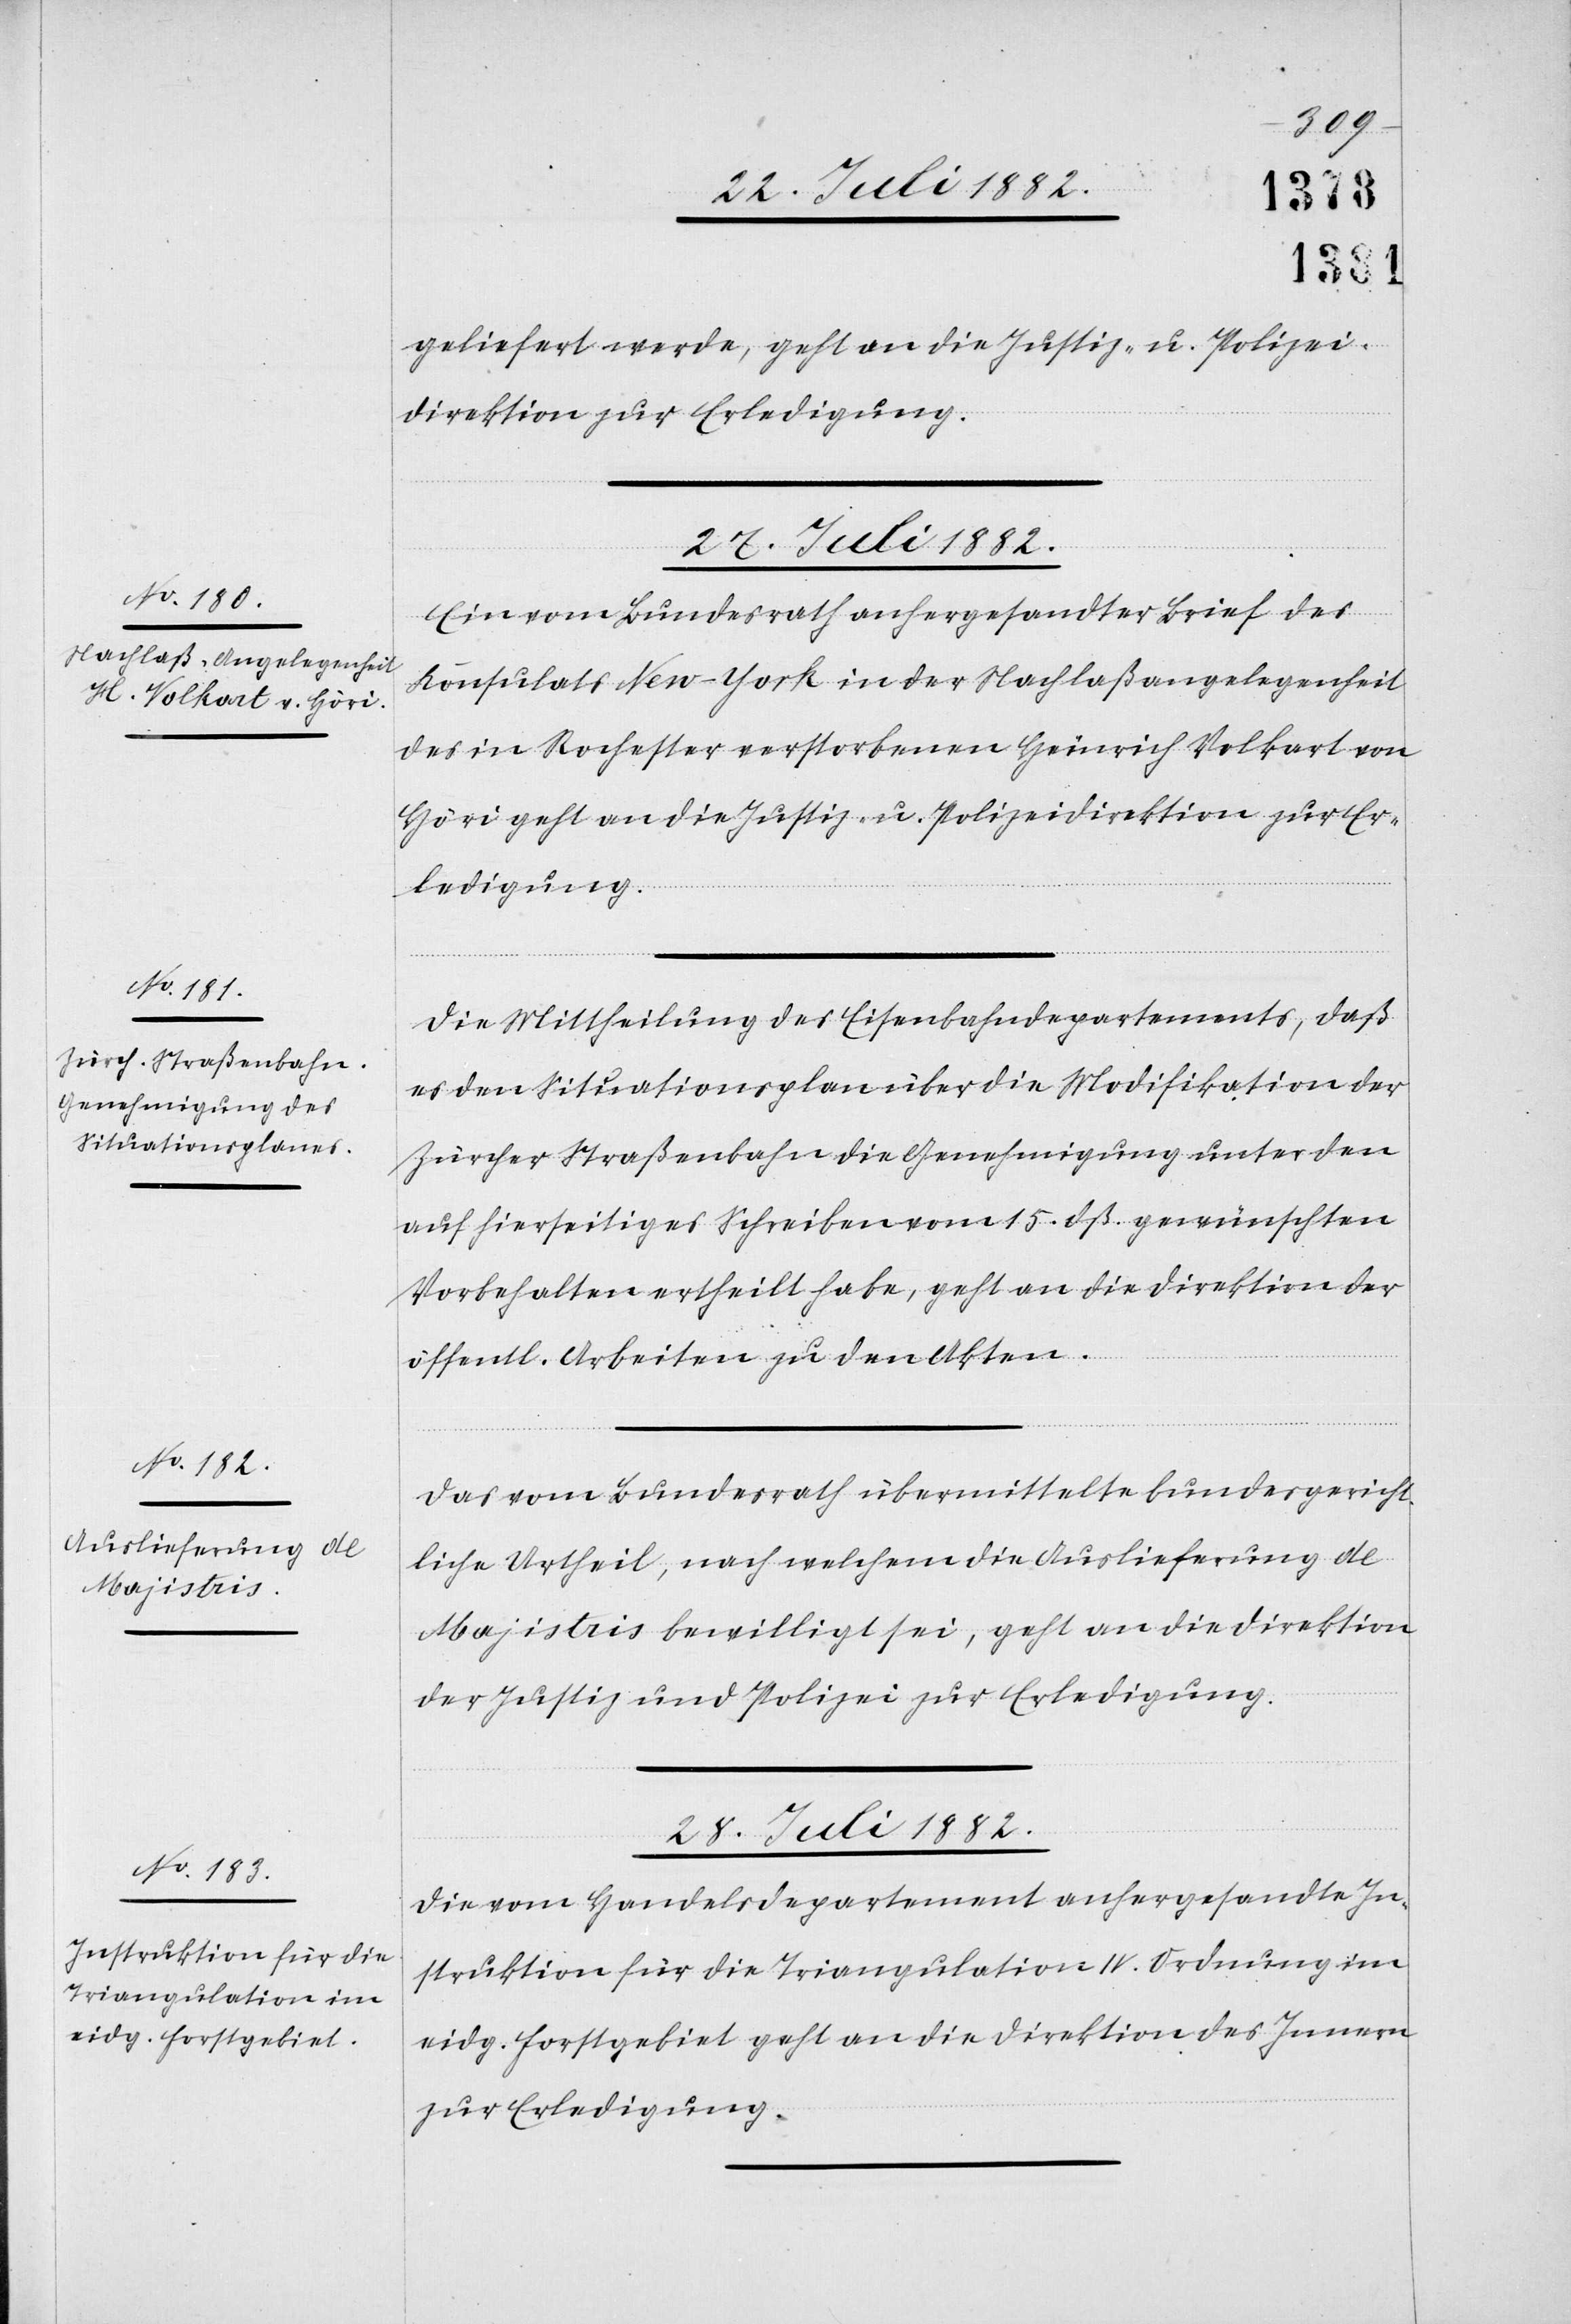
geliefert werde, geht an die Justiz- & Polizei¬
direktion zur Erledigung.
28. Juli 1882.
Ein vom Bundesrath anhergesandter Brief des
Konsulats New-York in der Nachlaßangelegenheit
des in Rochester verstorbenen Heinrich Volkart von
Höri geht an die Justiz- & Polizeidirektion zur Er¬
ledigung.
Die Mittheilung des Eisenbahndepartements, daß
es den Situationsplan über die Modifikation der
Zürcher Straßenbahn die Genehmigung unter den
auf hierseitiges Schreiben vom 15. dß. gewünschten
Vorbehalten ertheilt habe, geht an die Direktion der
öffentl. Arbeiten zu den Akten.
Das vom Bundesrath übermittelte bundesgericht¬
liche Urtheil, nach welchem die Auslieferung de
Majistris bewilligt sei, geht an die Direktion
der Justiz & Polizei zur Erledigung.
Die vom Handelsdepartement anhergesandte In¬
struktion für die Triangulation IV. Ordnung im
eidg. Forstgebiet geht an die Direktion des Innern
zur Erledigung.